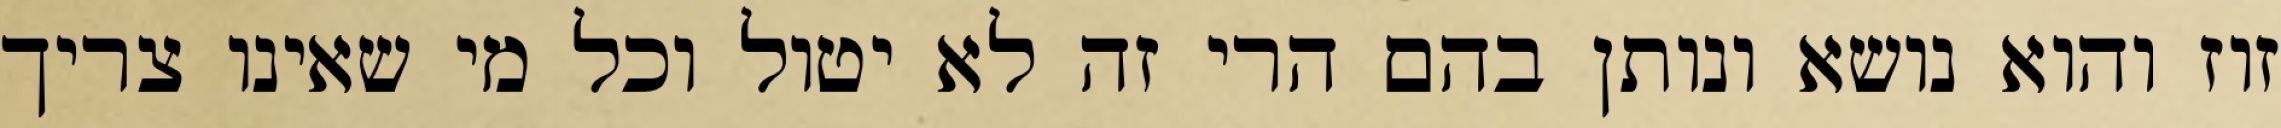
זוז והוא נושא ונותן בהם הרי זה לא יטול וכל מי שאינו צריך